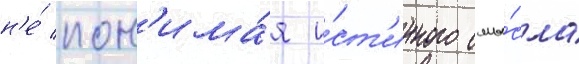
н'е́ пон'има́я и́ст'инного смы́сла